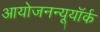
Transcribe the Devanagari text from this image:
आयोजनन्यूयॉर्क